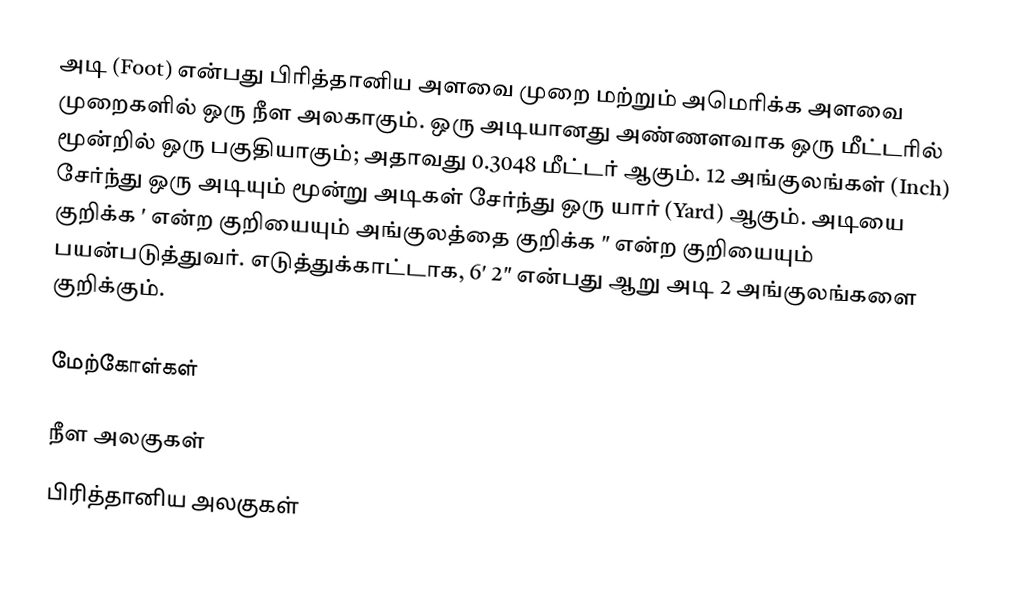
அடி (Foot) என்பது பிரித்தானிய அளவை முறை மற்றும் அமெரிக்க அளவை முறைகளில் ஒரு நீள அலகாகும். ஒரு அடியானது அண்ணளவாக ஒரு மீட்டரில் மூன்றில் ஒரு பகுதியாகும்; அதாவது 0.3048 மீட்டர் ஆகும். 12 அங்குலங்கள் (Inch) சேர்ந்து ஒரு அடியும் மூன்று அடிகள் சேர்ந்து ஒரு யார் (Yard) ஆகும். அடியை குறிக்க ′ என்ற குறியையும் அங்குலத்தை குறிக்க ″ என்ற குறியையும் பயன்படுத்துவர். எடுத்துக்காட்டாக, 6′ 2″ என்பது ஆறு அடி 2 அங்குலங்களை குறிக்கும்.

மேற்கோள்கள்

நீள அலகுகள்
பிரித்தானிய அலகுகள்